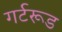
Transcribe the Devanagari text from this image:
गर्टरूड